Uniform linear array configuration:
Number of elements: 32
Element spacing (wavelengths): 0.75
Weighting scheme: cosine
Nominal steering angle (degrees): -30
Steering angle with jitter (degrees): -28.262
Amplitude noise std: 0.05
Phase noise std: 0.05

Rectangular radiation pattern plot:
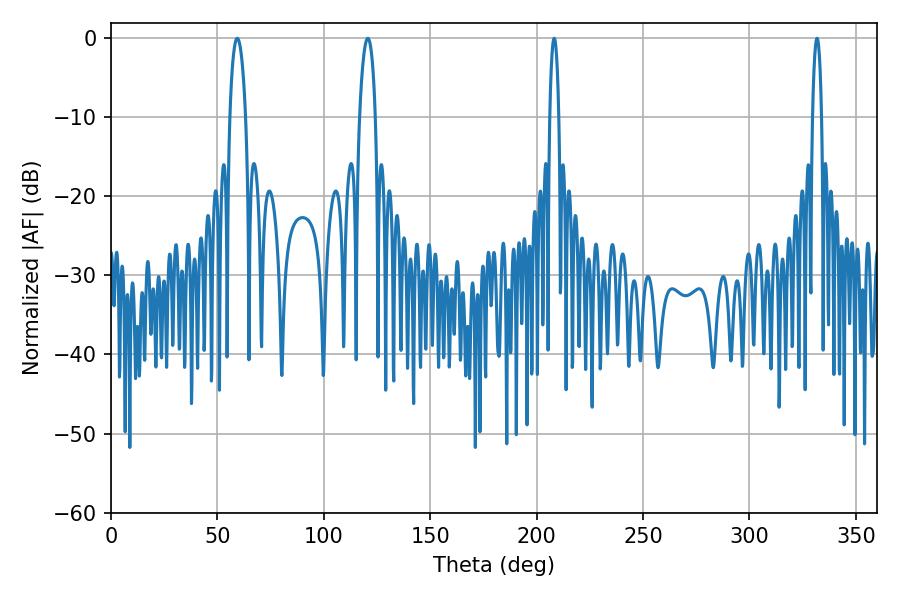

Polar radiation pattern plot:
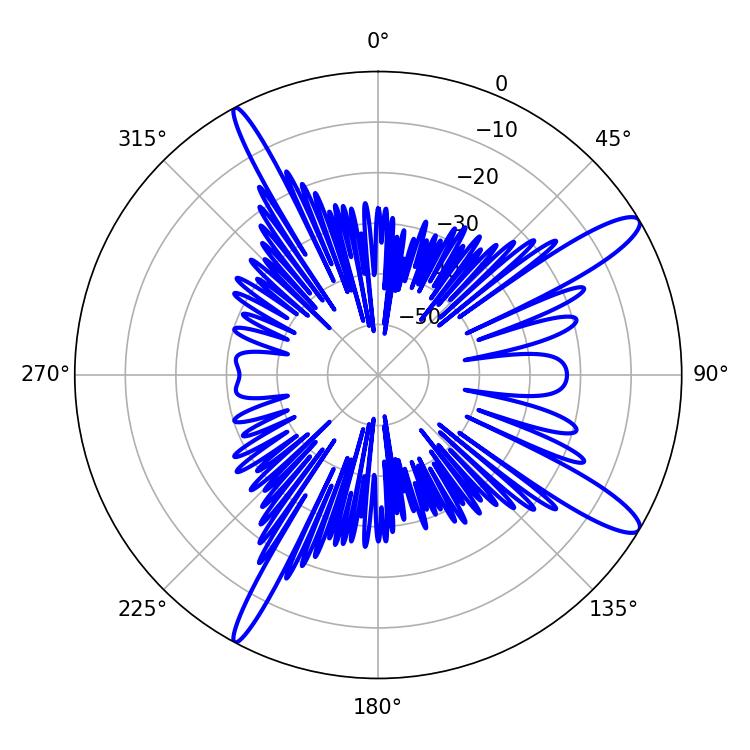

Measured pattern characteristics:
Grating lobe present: TRUE
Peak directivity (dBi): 13.157
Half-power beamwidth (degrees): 2.34
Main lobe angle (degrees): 331.74